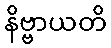
နိဗ္ဗာယတိ